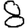
Digit: 8